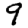
Digit: 9